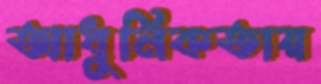
আধুনিকতায়